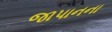
જાપાનના